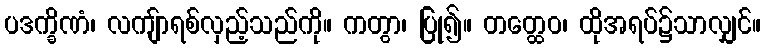
ပဒက္ခိဏံ၊ လကျ်ာရစ်လှည့်သည်ကို။ ကတွာ၊ ပြု၍။ တတ္ထေဝ၊ ထိုအရပ်၌သာလျှင်။